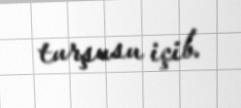
turşusu içib.